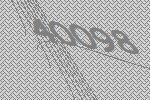
40098